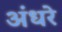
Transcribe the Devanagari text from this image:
अंधरे